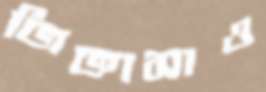
জিজ্ঞাসাও